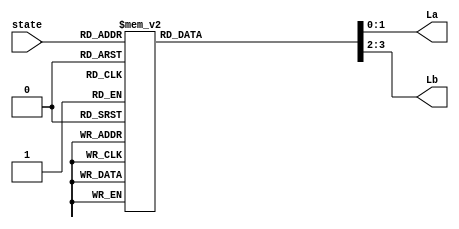
module o_logic(state, La, Lb);
	input [2:0] state;		// 3bits input
	output reg[1:0] La;		// 2bits output
	output reg[1:0] Lb;		// 2bits output

	parameter s0 = 3'b000;		// define s0=b'000
	parameter s1 = 3'b001;		// define s1=b'001
	parameter s2 = 3'b010;		// define s2=b'010
	parameter s3 = 3'b011;		// define s3=b'011
	parameter s4 = 3'b100;		// define s4=b'100
	parameter s5 = 3'b101;		// define s5=b'101
	parameter s6 = 3'b110;		// define s6=b'110
	parameter s7 = 3'b111;		// define s7=b'111

	parameter red = 2'b00;		// define red=b'00
	parameter yellow = 2'b01;	// define yello=b'01
	parameter green = 2'b10;	// define green=b'10
	parameter left = 2'b11;		// define left=b'11

	always@(state)
	begin
		case(state)
			s0 : 										// when state = s0
				begin 
					La <= green; Lb <= red;		// input green to La, red to Lb
				end
			s1 : 										// when state = s1
				begin 
					La <= yellow; Lb <= red; 	// input yellow to La, red to Lb
				end
			s2 : 										// when state = s2
				begin 
					La <= left; Lb <= red;		// input left to La, red to Lb
				end
			s3 : 										// when state = s3
				begin 
					La <= yellow; Lb <= red;	// input yello to La, red to Lb
				end
			s4 : 										// when state = s4
				begin 
					La <= red; Lb <= green;		// input red to La, green to Lb
				end
			s5 :										// when state = s5
				begin 
					La <= red; Lb <= yellow;	// input red to La, yellow to Lb
				end
			s6 : 										// when state = s6
				begin 
					La <= red; Lb <= left;		// input red to La, left to Lb
				end
			s7 :										// when state = s7
				begin 
					La <= red; Lb <= yellow;	// input red to La, yello to Lb
					end
				default;
		endcase
	end
	
endmodule